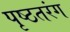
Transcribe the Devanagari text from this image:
पृष्ठतरंग